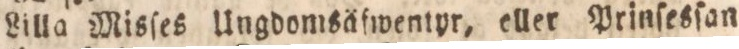
Lilla Misſes Ungdomsäfwentyr, eller Prinſesſan